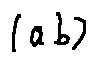
( a b )